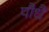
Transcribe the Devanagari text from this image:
पौधै